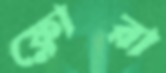
ফ্লোরা